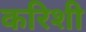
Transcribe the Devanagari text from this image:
करिशी